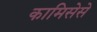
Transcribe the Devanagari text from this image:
कामिसेसे